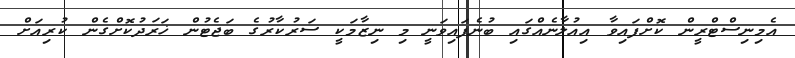
އެމިނިސްޓްރީން ކޮށްފައިވާ އިއުލާނެއްގައި ބުނެފައިވަނީ މި ނިޒާމަކީ ސަރުކާރުގެ ބަޖެޓުން ޚަރަދުކޮށްގެން ކުރިއަށް